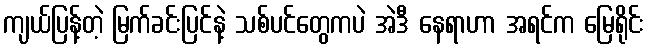
ကျယ်ပြန့်တဲ့ မြက်ခင်းပြင်နဲ့ သစ်ပင်တွေကပဲ အဲဒီ နေရာဟာ အရင်က မြေရိုင်း